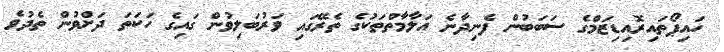
ހައިޕޯތައިރޮއިޑިޒަމްގެ ސަބަބުން ފެނިދާނެ އަލާމާތްތަކުގެ ތެރޭގައި ވަރުބަލިވުން ގައިގެ ހަކަތަ ދަށްވުން ތެދުވެ